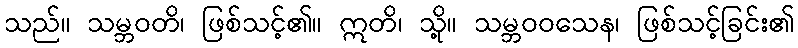
သည်။ သမ္ဘဝတိ၊ ဖြစ်သင့်၏။ ဣတိ၊ သို့။ သမ္ဘဝဝသေန၊ ဖြစ်သင့်ခြင်း၏